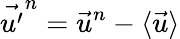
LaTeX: \vec{u^{\prime}}^{n}=\vec{u}^{n}-\langle\vec{u}\rangle